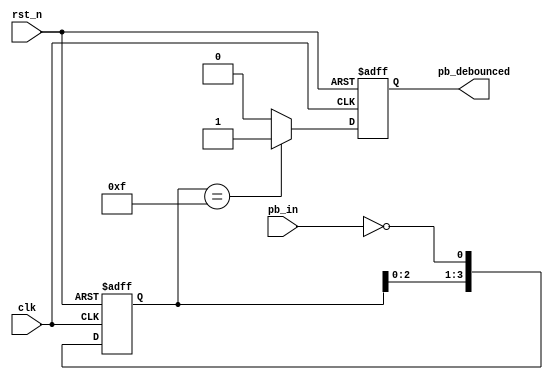
`timescale 1ns / 1ps
//////////////////////////////////////////////////////////////////////////////////
// Company: 
// Engineer: 
// 
// Design Name: 
// Module Name:    debounce_circuit 
// Project Name: 
// Target Devices: 
// Tool versions: 
// Description: 
//
// Dependencies: 
//
// Revision: 
// Revision 0.01 - File Created
// Additional Comments: 
//
//////////////////////////////////////////////////////////////////////////////////
module debounce_circuit(
  clk,          // clock control
  rst_n,        // reset
  pb_in,        // push button input
  pb_debounced  // debounced push button output
);

input clk;            // clock control
input rst_n;          // reset
input pb_in;          // push button input
output pb_debounced;  // debounced push button output

reg pb_debounced;          // debounced push button output
reg pb_debounced_next;     // debounce result
reg [3:0] debounce_shift;  // shift register flip flop

// Shift register
always @(posedge clk or negedge rst_n)
  if (~rst_n)
    debounce_shift <= 4'd0;
  else
    debounce_shift <= {debounce_shift[2:0], ~pb_in};

// debounce circuit
always @*
  if (debounce_shift == 4'b1111) 
    pb_debounced_next = 1'b1;
  else
    pb_debounced_next = 1'b0;

always @(posedge clk or negedge rst_n)
  if (~rst_n)
    pb_debounced <= 1'b0;
  else
    pb_debounced <= pb_debounced_next;

endmodule